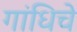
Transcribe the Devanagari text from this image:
गांधिचे